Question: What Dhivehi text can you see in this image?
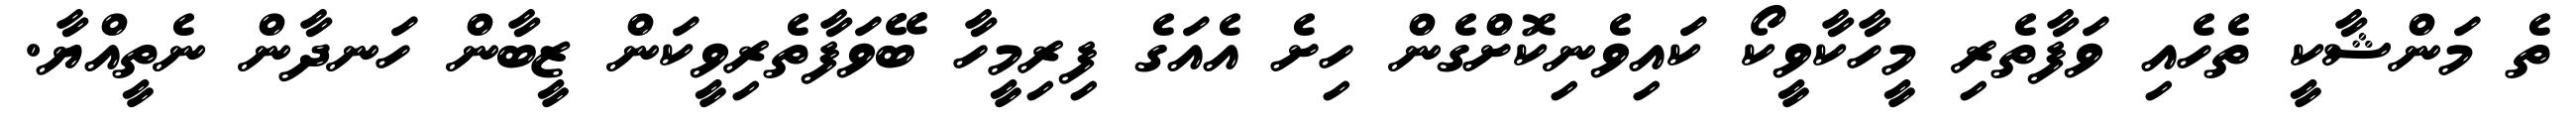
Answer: ތެ މަންޝާކީ ތެހެއި ވަފާތެރި މީހާކާވީކޯ ކައިވެނިކޮށްގެން ހިށެ އެއަގެ ފިރިމީހާ ބޭވަފާތެރިވީކަން ޒީބާން ހަނދާން ނެތީއްޔާ.